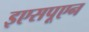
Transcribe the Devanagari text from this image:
इएसपूएन